Document type: payment_order
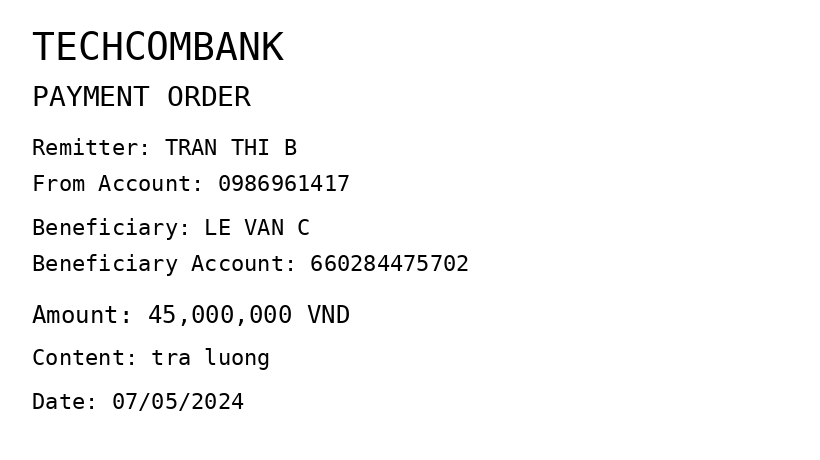
OCR transcript:
TECHCOMBANK
PAYMENT ORDER
Remitter: TRAN THI B
From Account: 0986961417
Beneficiary: LE VAN C
Beneficiary Account: 660284475702
Amount: 45,000,000 VND
Content: tra luong
Date: 07/05/2024
Extracted fields:
bank_name: techcombank
sender_name: tran thi b
sender_account: 0986961417
beneficiary_name: le van c
beneficiary_account: 660284475702
amount: 45000000
content: tra luong
date: 2024-05-07